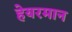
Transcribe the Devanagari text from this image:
हेयरमान